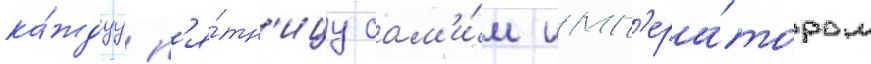
ка́ждуу п'я́тн'ицу сам'и́м имп'ера́тором